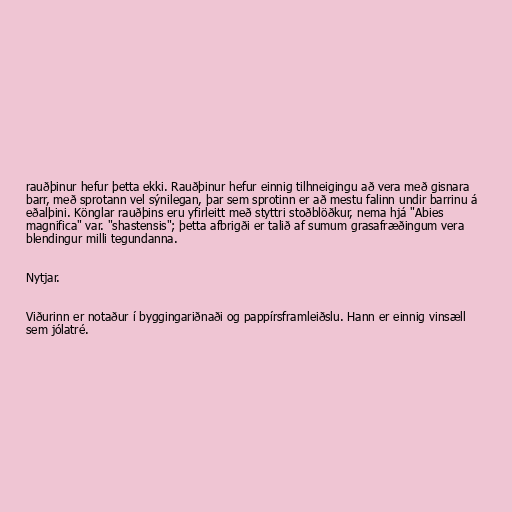
rauðþinur hefur þetta ekki. Rauðþinur hefur einnig tilhneigingu að vera með gisnara
barr, með sprotann vel sýnilegan, þar sem sprotinn er að mestu falinn undir barrinu á
eðalþini. Könglar rauðþins eru yfirleitt með styttri stoðblöðkur, nema hjá "Abies
magnifica" var. "shastensis"; þetta afbrigði er talið af sumum grasafræðingum vera
blendingur milli tegundanna.

Nytjar.

Viðurinn er notaður í byggingariðnaði og pappírsframleiðslu. Hann er einnig vinsæll
sem jólatré.